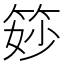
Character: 𥭝